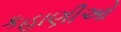
કહાણીઓ